Civil Veterinary Dept. Bombay admin report 1893-99 - 1893-1899
Year: 1893
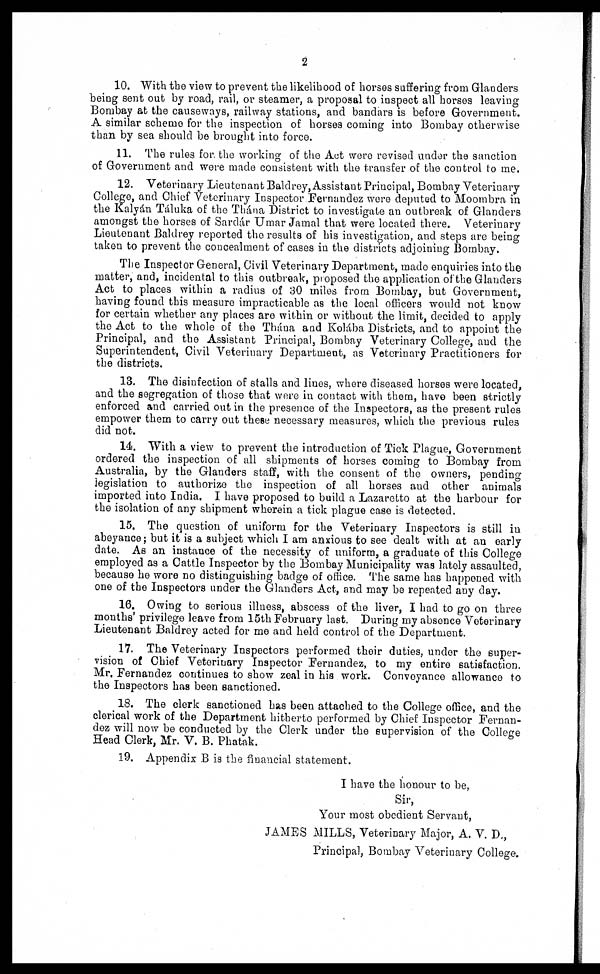
2
10. With the view to prevent the likelihood of horses suffering from Glanders
being sent out by road, rail, or steamer, a proposal to inspect all horses leaving
Bombay at the causeways, railway stations, and bandars is before Government.
A similar scheme for the inspection of horses coming into Bombay otherwise
than by sea should be brought into force.
11. The rules for. the working of the Act were revised under the sanction
of Government and were made consistent with the transfer of the control to me.
12. Veterinary Lieutenant Baldrey, Assistant Principal, Bombay Veterinary
College, and Chief Veterinary Inspector Fernandez were deputed to Moombra in
the Kalyán Táluka of the Thána District to investigate an outbreak of Glanders
amongst the horses of Sardár Umar Jamal that were located there. Veterinary
Lieutenant Baldrey reported the results of his investigation, and steps are being
taken to prevent the concealment of cases in the districts adjoining Bombay.
The Inspector General, Civil Veterinary Department, made enquiries into the
matter, and, incidental to this outbreak, proposed the application of the Glanders
Act to places within a radius of 30 miles from Bombay, but Government,
having found this measure impracticable as the local officers would not know
for certain whether any places are within or without the limit, decided to apply
the Act to the whole of the Thána and Kolába Districts, and to appoint the
Principal, and the Assistant Principal, Bombay Veterinary College, and the
Superintendent, Civil Veterinary Department, as Veterinary Practitioners for
the districts.
13. The disinfection of stalls and lines, where diseased horses were located,
and the segregation of those that were in contact with them, have been strictly
enforced and carried out in the presence of the Inspectors, as the present rules
empower them to carry out these necessary measures, which the previous rules
did not.
14. With a view to prevent the introduction of Tick Plague, Government
ordered the inspection of all shipments of horses coming to Bombay from
Australia, by the Glanders staff, with the consent of the owners, pending
legislation to authorize the inspection of all horses and other animals
imported into India. I have proposed to build a Lazaretto at the harbour for
the isolation of any shipment wherein a tick plague case is detected.
15. The question of uniform for the Veterinary Inspectors is still in
abeyance ; but it is a subject which I am anxious to see dealt with at an early
date. As an instance of the necessity of uniform, a graduate of this College
employed as a Cattle Inspector by the Bombay Municipality was lately assaulted,
because he wore no distinguishing badge of office. The same has happened with
one of the Inspectors under the Glanders Act, and may be repeated any day.
16. Owing to serious illness, abscess of the liver, I had to go on three
months' privilege leave from 15th February last. During my absence Veterinary
Lieutenant Baldrey acted for me and held control of the Department.
17. The Veterinary Inspectors performed their duties, under the super-
vision of Chief Veterinary Inspector Fernandez, to my entire satisfaction.
Mr, Fernandez continues to show zeal in his work. Conveyance allowance to
the Inspectors has been sanctioned.
18. The clerk sanctioned has been attached to the College office, and the
clerical work of the Department hitherto performed by Chief Inspector Fernan-
dez will now be conducted by the Clerk under the supervision of the College
Head Clerk, Mr. V. B. Phatak.
19. Appendix B is the financial statement.
I have the honour to be,
Sir,
Your most obedient Servant,
JAMES MILLS, Veterinary Major, A. V. D.,
Principal, Bombay Veterinary College.